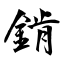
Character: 錹